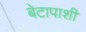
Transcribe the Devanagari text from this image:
बेटापाशी